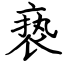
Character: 亵